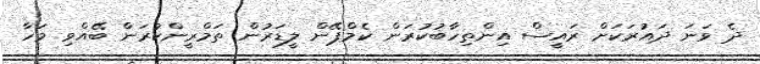
ދެ ވަނަ ދައުރަކަށް ރައީސް އިންތިހާބުކުރަން ކެމްޕޭން ލީޑަރުން ތަމްރީންކުރަން ބޭއްވި މަހާ